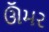
ઊઁમર